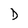
Character: D